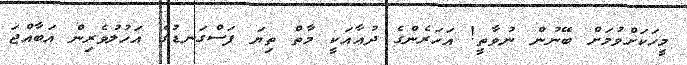
މީހަކަށްވުމަށް ބޭނުން ނުވާތީ! އަހަރެންގެ ދުޢާއަކީ މާތް ތިޔަ ފަސްގަނޑުގެ އަހުލުވެރިން އަބާއްޖަ